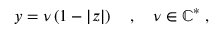
y = \nu \left( 1 - | z | \right) \quad , \quad \nu \in \mathbb { C } ^ { * } \; ,